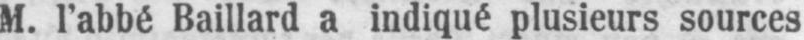
M. labbé Baillard a indiqué plusieurs sources